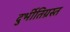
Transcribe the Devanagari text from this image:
दुर्भीतिग्रस्त